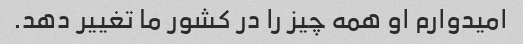
امیدوارم او همه چیز را در کشور ما تغییر دهد.